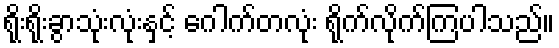
ရိုးရိုးခွာသုံးလုံးနှင့် ဂေါက်တလုံး ရိုက်လိုက်ကြပါသည်။